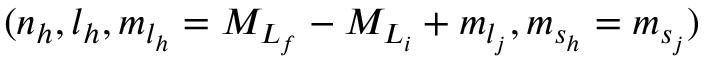
( { n _ { h } } , { l _ { h } } , { m } _ { { l } _ { h } } = { M } _ { L _ { f } } - { M } _ { L _ { i } } + { m } _ { l _ { j } } , { m } _ { { s } _ { h } } = { m } _ { s _ { j } } )